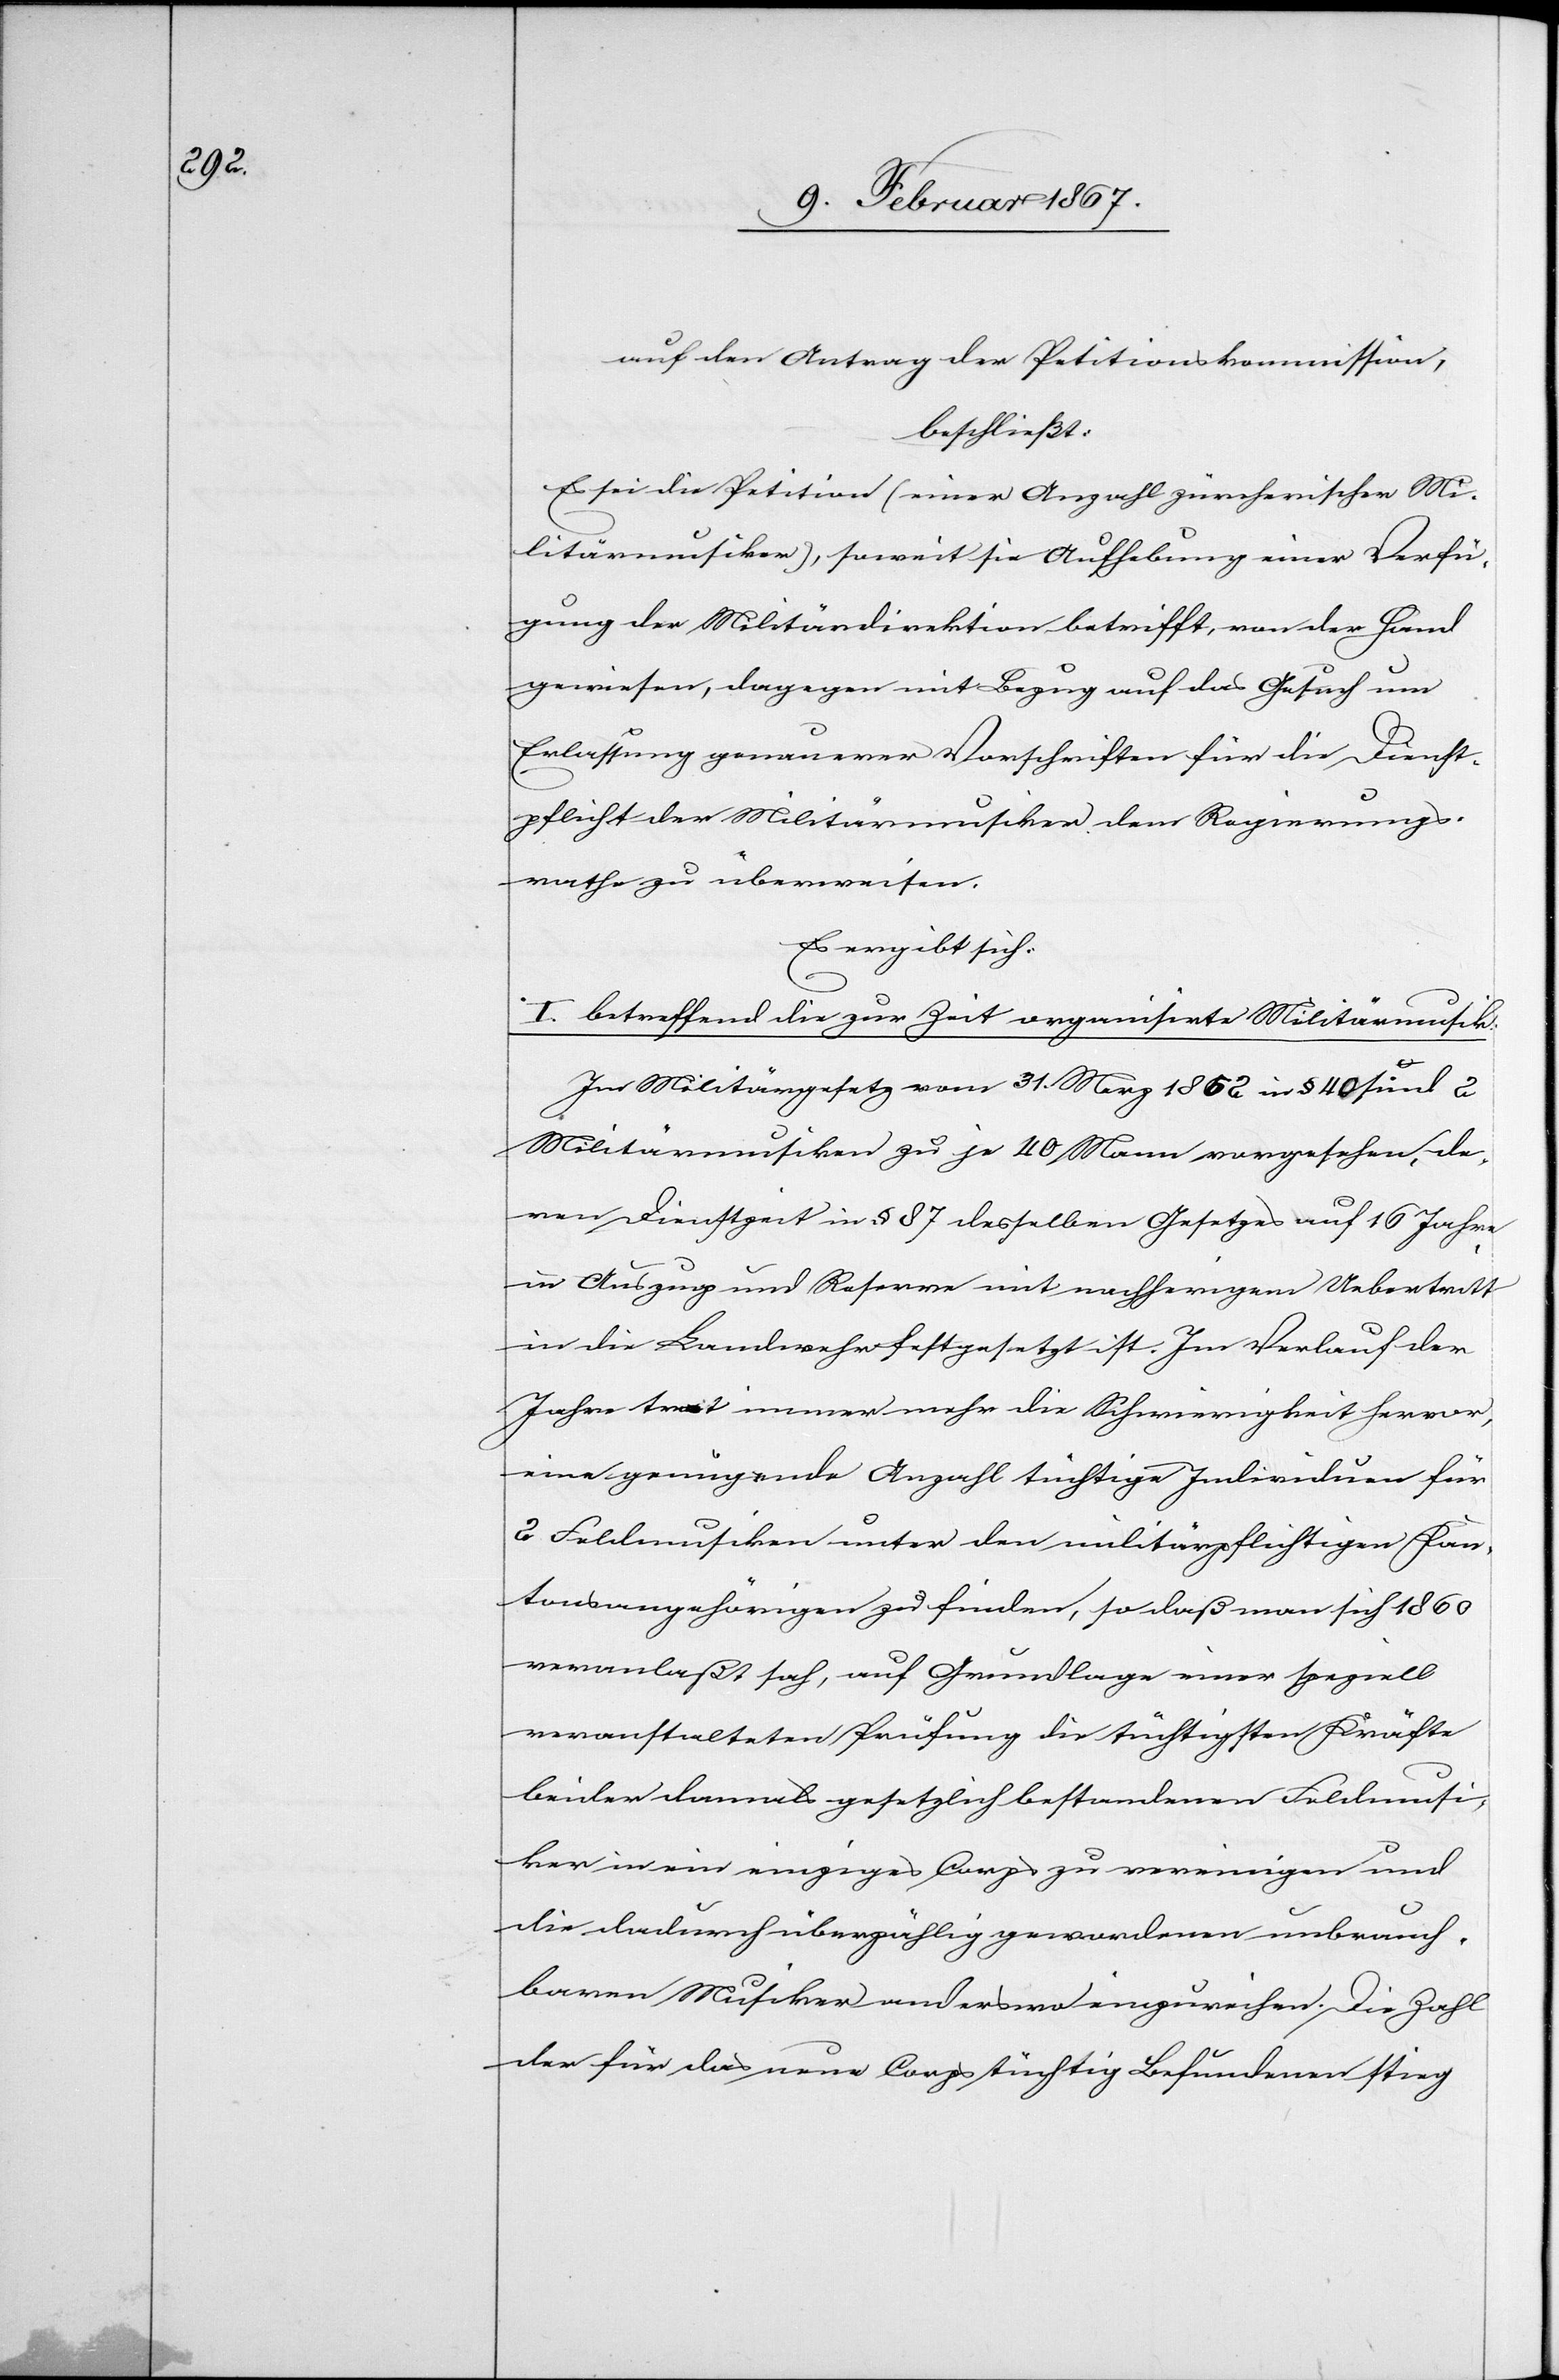
auf den Antrag der Petitionskommission,
beschließt:
Es sei die Petition (einer Anzahl zürcherischer Mi¬
litärmusiker), soweit sie Aufhebung einer Verfü¬
gung der Militärdirektion betrifft, von der Hand
gewiesen, dagegen mit Bezug auf das Gesuch um
Erlassung genauerer Vorschriften für die Dienst¬
pflicht der Militärmusiker dem Regierungs¬
rathe zu überweisen.
Es ergibt sich:
I. betreffend die zur Zeit organisirte Militärmusik:
Im Militärgesetz vom 31. Merz 1852 in § 40 sind 2
Militärmusiken zu je 40 Mann vorgesehen, de¬
ren Dienstzeit in § 87 desselben Gesetzes auf 16 Jahre
in Auszug und Reserve mit nachherigem Uebertritt
in die Landwehr festgesetzt ist. Im Verlauf der
Jahre trat immer mehr die Schwierigkeit hervor,
eine genügende Anzahl tüchtige Individuen für
2 Feldmusiken unter den militärpflichtigen Kan¬
tonsangehörigen zu finden, so daß man sich 1860
veranlaßt sah, auf Grundlage einer speziell
veranstalteten Prüfung die tüchtigsten Kräfte
beider damals gesetzlich bestandenen Feldmusi¬
ken in ein einziges Corps zu vereinigen und
die dadurch überzählig gewordenen unbrauch¬
baren Musiker anderswo einzureihen. Die Zahl
der für das neue Corps tüchtig Befundenen stieg